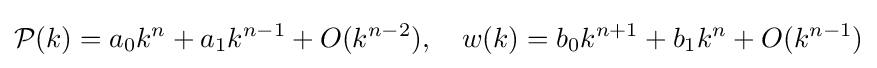
{\mathcal {P}}(k)=a_{0}k^{n}+a_{1}k^{n-1}+O(k^{n-2}),\quad w(k)=b_{0}k^{n+1}+b_{1}k^{n}+O(k^{n-1})